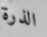
الذرة